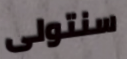
سنتولى